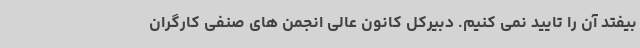
بیفتد آن را تایید نمی کنیم. دبیرکل کانون عالی انجمن های صنفی کارگران